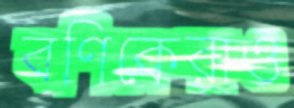
বণিকেরাও